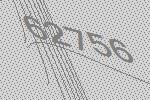
62756